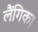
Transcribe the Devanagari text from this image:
लैंगिक।